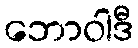
ဘောဝါဒီ